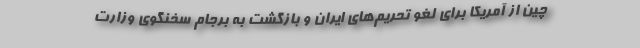
چین از آمریکا برای لغو تحریم‌های ایران و بازگشت به برجام سخنگوی وزارت